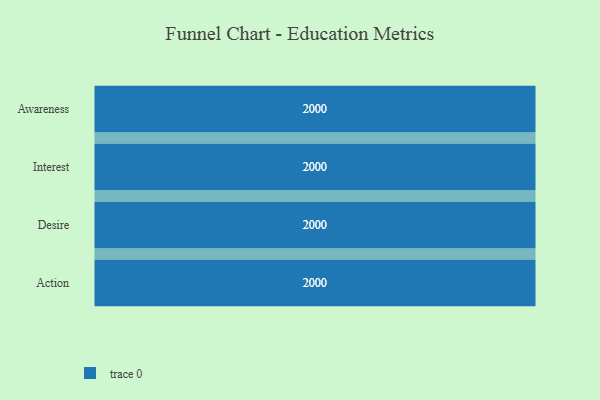
{"axis": {"x": "Stage", "y": "Value"}, "legend": [""], "data": [{"x": "Awareness", "y": 2000, "type": ""}, {"x": "Interest", "y": 2000, "type": ""}, {"x": "Desire", "y": 2000, "type": ""}, {"x": "Action", "y": 2000, "type": ""}]}